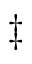
\ddagger